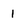
Character: 1